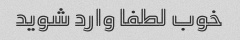
خوب لطفا وارد شوید